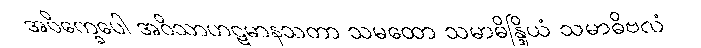
အဝိက္ခေပေါ အဝိသာဟဋမာနသတာ သမထော သမာဓိန္ဒြိယံ သမာဓိဗလံ